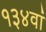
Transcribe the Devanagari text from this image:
१३४वां